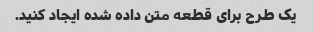
یک طرح برای قطعه متن داده شده ایجاد کنید.